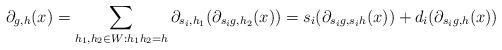
LaTeX: \begin{align*}\partial_{g,h}(x)=\sum\limits_{h_1,h_2\in W:h_1h_2=h}\partial_{s_i,h_1}(\partial_{s_ig,h_2}(x))=s_i(\partial_{s_ig,s_ih}(x))+d_i(\partial_{s_ig,h}(x))\end{align*}